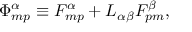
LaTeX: \Phi _ { m p } ^ { \alpha } \equiv { \cal F } _ { m p } ^ { \alpha } + { \cal L } _ { \alpha \beta } F _ { p m } ^ { \beta } ,